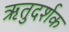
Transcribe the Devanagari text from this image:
ऋतुदर्शक